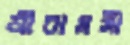
শ্রীরামসী